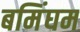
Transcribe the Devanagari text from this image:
बमिंघम